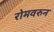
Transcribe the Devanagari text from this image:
रोमवरुन